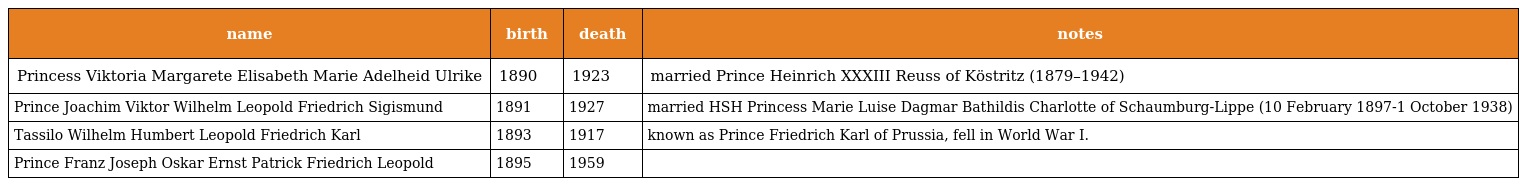
| name | birth | death | notes |
 | --- | --- | --- | --- |
 | Princess Viktoria Margarete Elisabeth Marie Adelheid Ulrike | 1890 | 1923 | married Prince Heinrich XXXIII Reuss of Köstritz (1879–1942) |
 | Prince Joachim Viktor Wilhelm Leopold Friedrich Sigismund | 1891 | 1927 | married HSH Princess Marie Luise Dagmar Bathildis Charlotte of Schaumburg-Lippe (10 February 1897-1 October 1938) |
 | Tassilo Wilhelm Humbert Leopold Friedrich Karl | 1893 | 1917 | known as Prince Friedrich Karl of Prussia, fell in World War I. |
 | Prince Franz Joseph Oskar Ernst Patrick Friedrich Leopold | 1895 | 1959 |  |